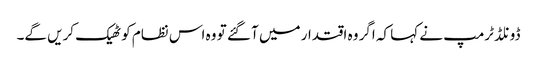
ڈونلڈ ٹرمپ نے کہا کہ اگر وہ اقتدار میں آ گئے تو وہ اس نظام کو ٹھیک کریں گے۔